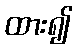
ထား၍